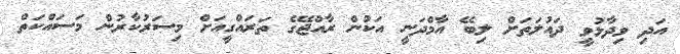
އަދި ވިދާޅުވީ ދައުލަތަށް ލިބޭ އާމްދަނީ އަކުން ރާއްޖޭގެ ތަަރައްގީއަށް މިސަރުކާރުން މަސައްކަތް